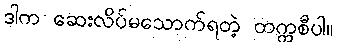
ဒါက ဆေးလိပ်မသောက်ရတဲ့ တက္ကစီပါ။